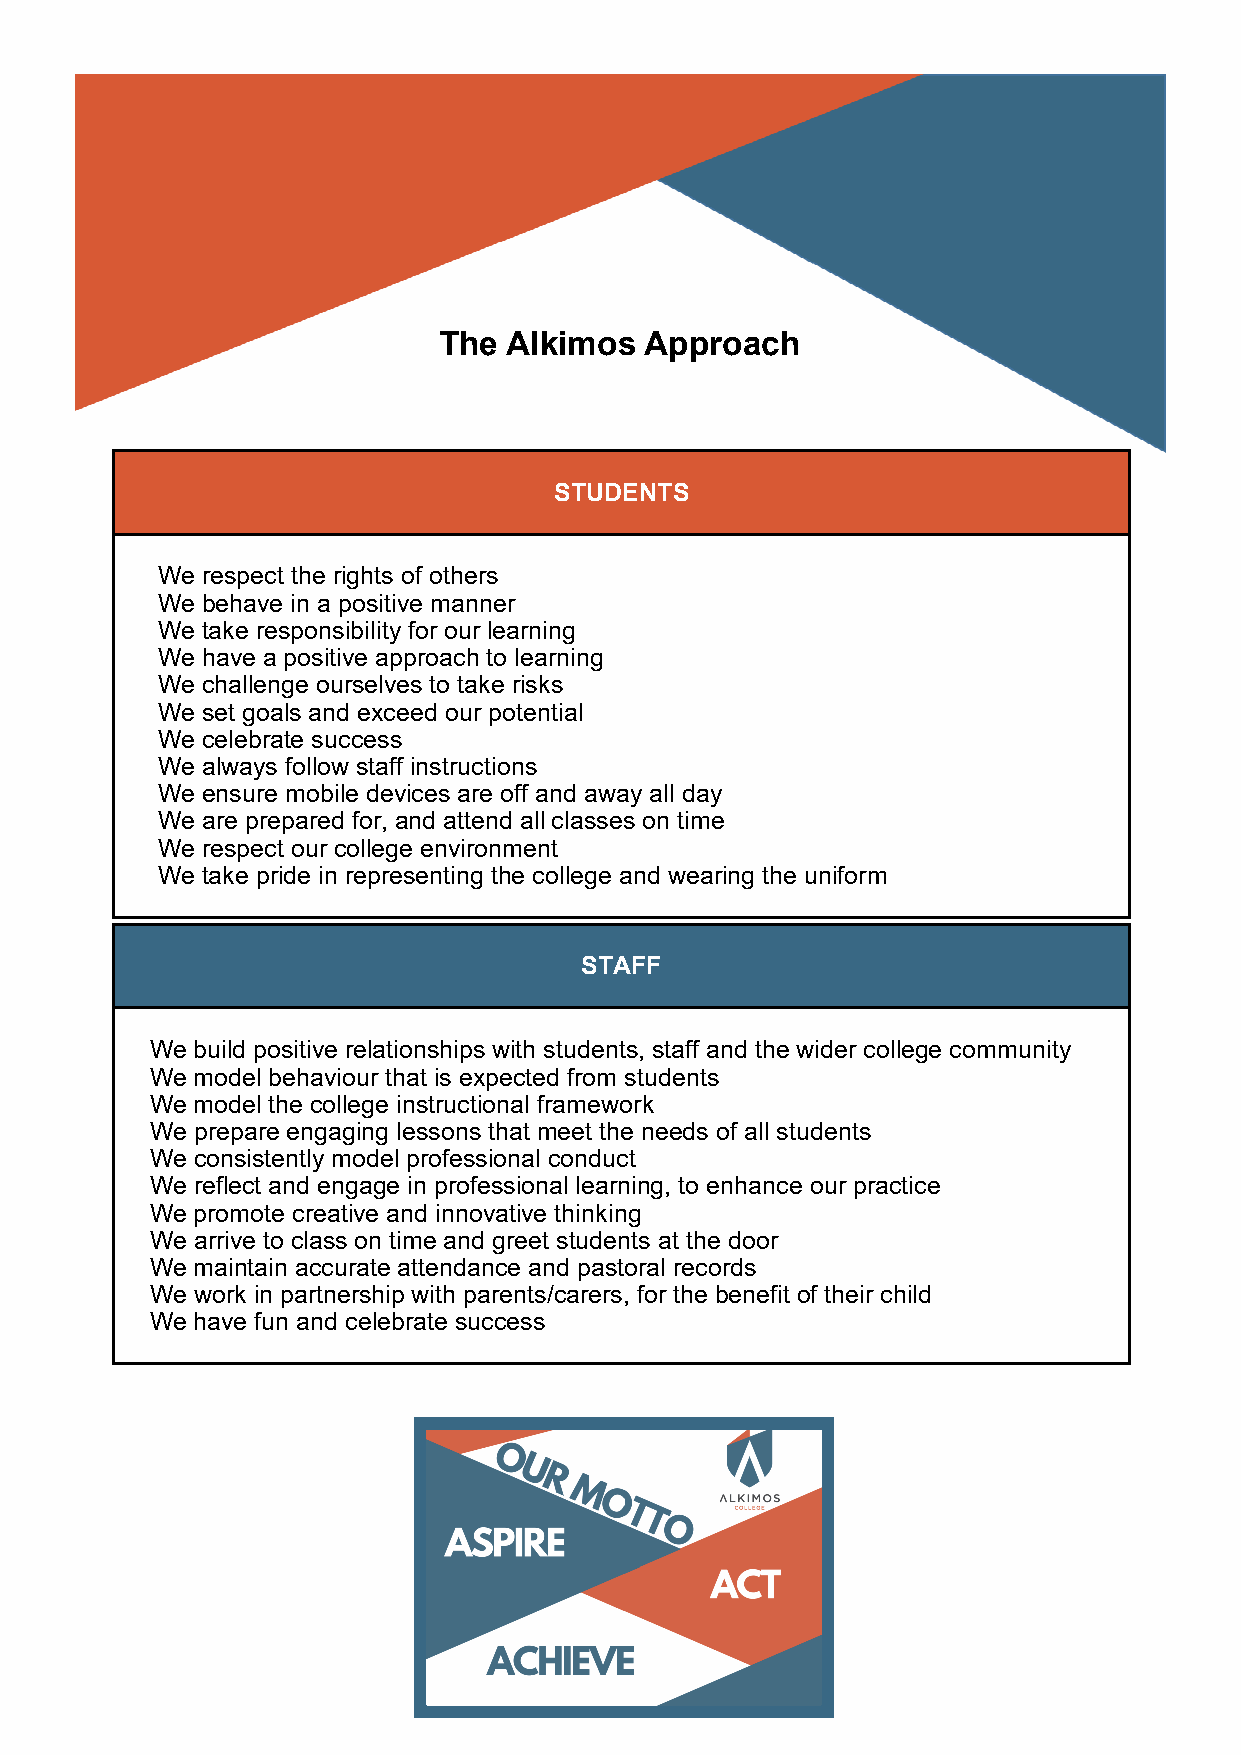
The  Alkimos  Approach
 STUDENTS
 We respect the rights of others
 We behave in a positive manner
 We take responsibility for our learning
 We have a positive approach to learning
 We challenge ourselves to take risks
 We set goals and exceed our potential
 We celebrate success
 We always follow staff instructions
 We ensure mobile devices are off and away all day
 We are prepared for, and attend all classes on time
 We respect our college environment
 We take pride in representing the college and wearing the uniform
 STAFF
 We build positive relationships with students, staff and the wider college community
 We model behaviour that is expected from students
 We model the college instructional framework
 We prepare engaging lessons that meet the needs of all students
 We consistently model professional conduct
 We reflect and engage in professional learning, to enhance our practice
 We promote creative and innovative thinking
 We arrive to class on time and greet students at the door
 We maintain accurate attendance and pastoral records
 We work in partnership with parents/carers, for the benefit of their child
 We have fun and celebrate success